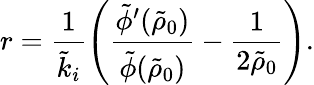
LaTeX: r=\frac{1}{\tilde{k}_{i}}\left(\frac{\tilde{\phi}^{\prime}(\tilde{\rho}_{0})}{\tilde{\phi}(\tilde{\rho}_{0})}-\frac{1}{2\tilde{\rho}_{0}}\right).